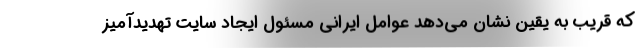
که قریب به یقین نشان می‌دهد عوامل ایرانی‌ مسئول ایجاد سایت تهدیدآمیز